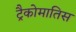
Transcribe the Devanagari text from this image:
ट्रैकोमातिस